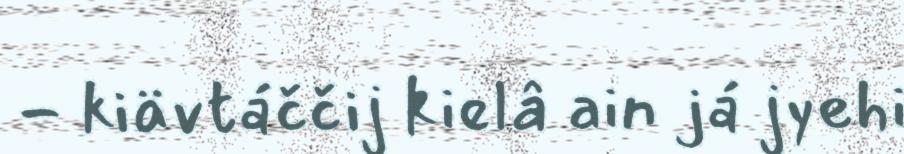
- kiävtáččij kielâ ain já jyehi